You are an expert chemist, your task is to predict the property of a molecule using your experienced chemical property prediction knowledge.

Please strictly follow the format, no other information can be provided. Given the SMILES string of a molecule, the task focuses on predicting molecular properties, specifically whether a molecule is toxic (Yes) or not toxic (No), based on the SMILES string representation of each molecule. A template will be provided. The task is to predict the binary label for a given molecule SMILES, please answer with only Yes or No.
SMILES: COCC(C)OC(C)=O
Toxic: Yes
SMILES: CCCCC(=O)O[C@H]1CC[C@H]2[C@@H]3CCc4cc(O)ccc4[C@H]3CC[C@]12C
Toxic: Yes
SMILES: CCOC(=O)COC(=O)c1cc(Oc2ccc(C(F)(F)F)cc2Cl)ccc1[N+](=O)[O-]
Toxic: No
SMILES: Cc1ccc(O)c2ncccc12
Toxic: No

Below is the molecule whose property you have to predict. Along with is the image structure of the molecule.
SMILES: CN1CCC[C@@H]1c1cccnc1
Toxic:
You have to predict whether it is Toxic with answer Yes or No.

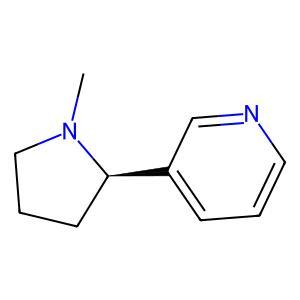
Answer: No